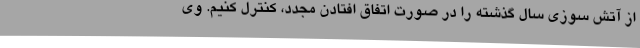
از آتش سوزی سال گذشته را در صورت اتفاق افتادن مجدد، کنترل کنیم. وی